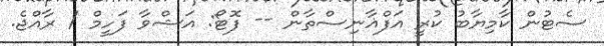
ސެޓުން ކާމިޔާބު ކުރީ އަފްޣާނިސްތާން -- ފޮޓޯ: އަޝްވާ ފަހީމް / ރާއްޖެ.